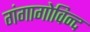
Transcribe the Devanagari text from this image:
गंगागोविन्द